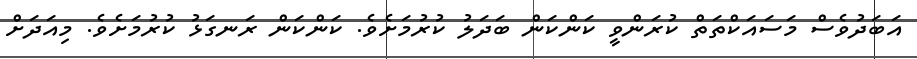
އަބަދުވެސް މަސައަކްތަތް ކުރަންވީ ކަންކަން ބަދަލު ކުރުމަށެވެ. ކަންކަން ރަނގަޅު ކުރުމަށެވެ. މިއަދަށް